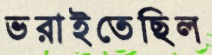
ভরাইতেছিল